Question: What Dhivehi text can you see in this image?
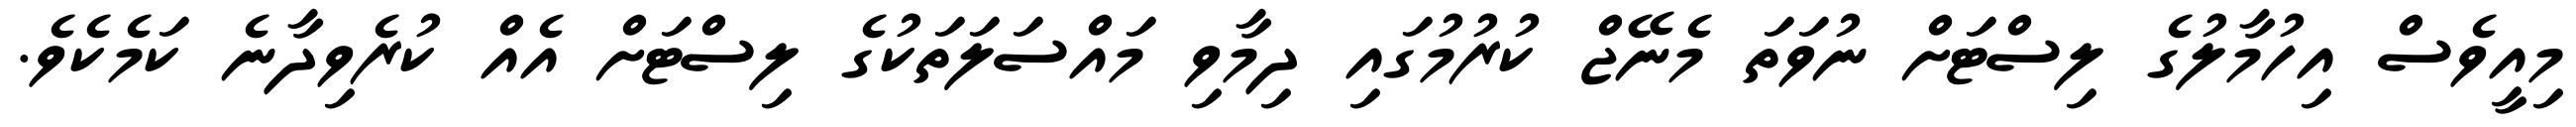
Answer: މިއީވެސް އިހުމާލުގެ ލިސްޓަށް ނުވަތަ މެނޭޖް ކުރުމުގައި ދިމާވި މައްސަލަތަކުގެ ލިސްޓަށް އެއް ކުރެވިދާނެ ކަމެކެވެ.